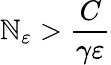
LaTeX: \mathbb{N}_{\varepsilon}>\frac{{C}}{{\gamma\varepsilon}}